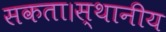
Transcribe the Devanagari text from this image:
सकता।स्थानीय